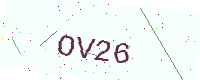
Text: OV26